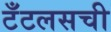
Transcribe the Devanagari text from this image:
टँटलसची